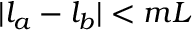
| l _ { a } - l _ { b } | < m L